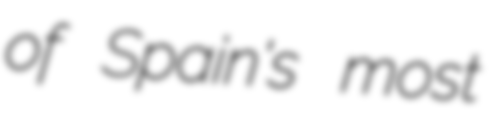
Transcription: of Spain's most